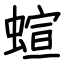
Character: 蝖